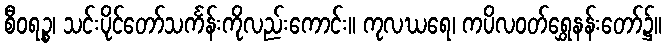
စီဝရဉ္စ၊ သင်းပိုင်တော်သင်္ကန်းကိုလည်းကောင်း။ ကုလဃရေ၊ ကပိလဝတ်ရွှေနန်းတော်၌။